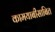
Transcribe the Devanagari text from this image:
कामयाबीसाबित